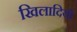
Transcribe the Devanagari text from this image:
खिलादियो